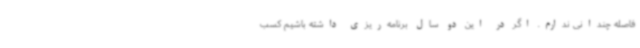
فاصله چندانی ندارم. اگر در این دو سال برنامه‌ریزی داشته باشیم کسب